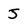
Character: j